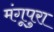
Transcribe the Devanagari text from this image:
मंगूपुरा